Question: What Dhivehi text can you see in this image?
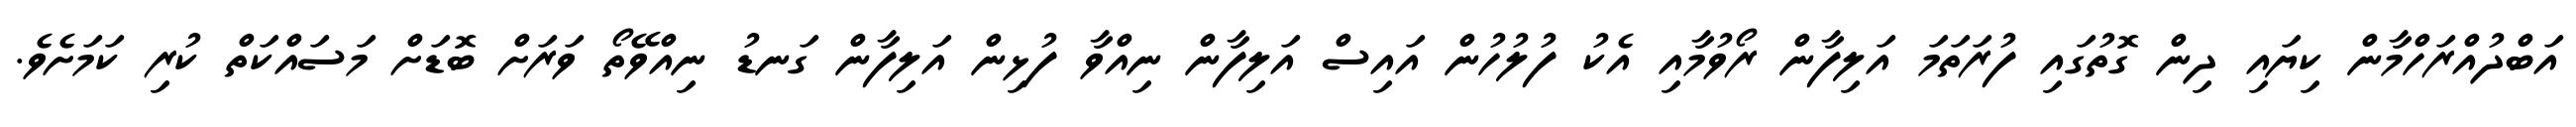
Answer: އަބްދުއްރަހްމާން ކިޔައި ދިން ގޮތުގައި ފުރަތަމަ އަލިފާން ރޯވުމާއި އެކު ފުލުހުން އައިސް އަލިފާން ނިއްވާ ފުޅިން އަލިފާން ގަނޑު ނިއްވޭތޯ ވަރަށް ބޮޑަށް މަސައްކަތް ކުރި ކަމަށެވެ.